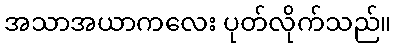
အသာအယာကလေး ပုတ်လိုက်သည်။